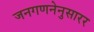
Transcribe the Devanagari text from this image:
जनगणनेनुसारर